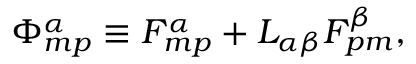
\Phi _ { m p } ^ { \alpha } \equiv { \cal F } _ { m p } ^ { \alpha } + { \cal L } _ { \alpha \beta } F _ { p m } ^ { \beta } ,